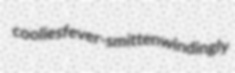
coolies fever-smitten windingly